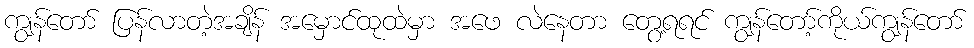
ကျွန်တော် ပြန်လာတဲ့အချိန် အမှောင်ထုထဲမှာ အဖေ လဲနေတာ တွေ့ရရင် ကျွန်တော့်ကိုယ်ကျွန်တော်